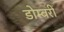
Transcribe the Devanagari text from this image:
डोम्‍बरी